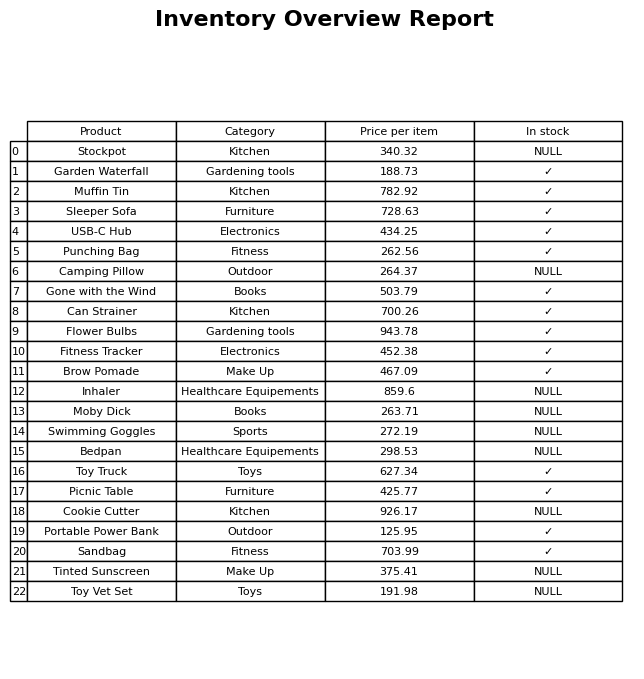
question: What is the price for Portable Power Bank?
answer: The price of Portable Power Bank is 125.95.